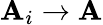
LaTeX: \mathbf{A}_{i}\to\mathbf{A}